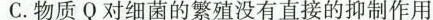
C.物质Q对细菌的繁殖没有直接的抑制作用